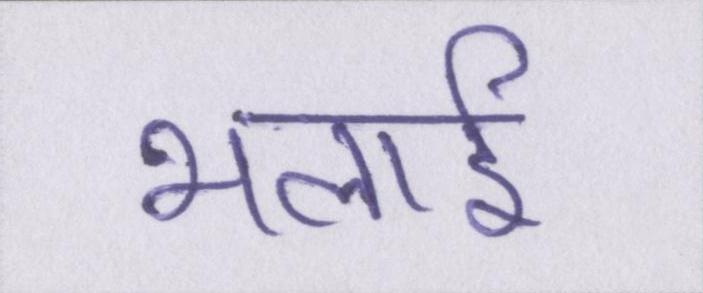
भलाई